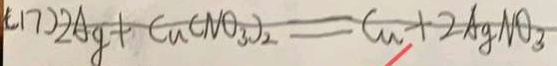
( 1 7 ) 2 A g + C u C N O _ { 3 } ) _ { 2 } = C u + 2 A g N O _ { 3 }